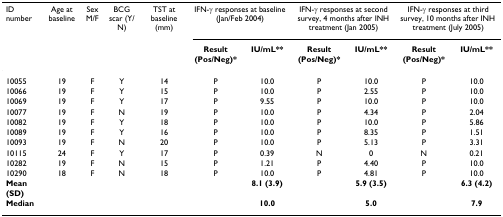
| ID number | Age at baseline | Sex M/F | BCG scar (Y/N) | TST at baseline (mm) | <COLSPAN=2> IFN-γ responses at baseline (Jan/Feb 2004) | <COLSPAN=2> IFN-γ responses at second survey, 4 months after INH treatment (Jan 2005) | <COLSPAN=2> IFN-γ responses at third survey, 10 months after INH treatment (July 2005) |
 |  |  |  |  |  | Result (Pos/Neg)* | IU/mL** | Result (Pos/Neg)* | IU/mL** | Result (Pos/Neg)* | IU/mL** |
 | --- | --- | --- | --- | --- | --- | --- | --- | --- | --- | --- |
 | 10055 | 19 | F | Y | 14 | P | 10.0 | P | 10.0 | P | 10.0 |
 | 10066 | 19 | F | Y | 15 | P | 10.0 | P | 2.55 | P | 10.0 |
 | 10069 | 19 | F | Y | 17 | P | 9.55 | P | 10.0 | P | 10.0 |
 | 10077 | 19 | F | N | 19 | P | 10.0 | P | 4.34 | P | 2.04 |
 | 10082 | 19 | F | Y | 18 | P | 10.0 | P | 10.0 | P | 5.86 |
 | 10089 | 19 | F | Y | 16 | P | 10.0 | P | 8.35 | P | 1.51 |
 | 10093 | 19 | F | N | 20 | P | 10.0 | P | 5.13 | P | 3.31 |
 | 10115 | 24 | F | Y | 17 | P | 0.39 | N | 0 | N | 0.21 |
 | 10282 | 19 | F | N | 15 | P | 1.21 | P | 4.40 | P | 10.0 |
 | 10290 | 18 | F | N | 18 | P | 10.0 | P | 4.81 | P | 10.0 |
 | Mean (SD) |  |  |  |  |  | 8.1 (3.9) |  | 5.9 (3.5) |  | 6.3 (4.2) |
 | Median |  |  |  |  |  | 10.0 |  | 5.0 |  | 7.9 |